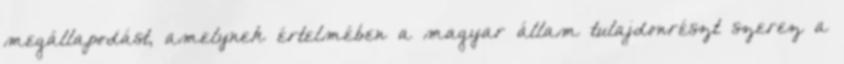
megállapodást, amelynek értelmében a magyar állam tulajdonrészt szerez a